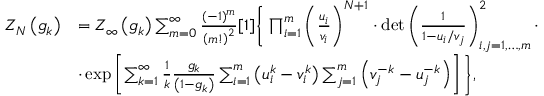
\begin{array} { r l } { Z _ { N } \left( g _ { k } \right) } & { = Z _ { \infty } \left( g _ { k } \right) \sum _ { m = 0 } ^ { \infty } \frac { ( - 1 ) ^ { m } } { \left( m ! \right) ^ { 2 } } [ 1 ] \Bigg \{ \prod _ { i = 1 } ^ { m } \left( \frac { u _ { i } } { v _ { i } } \right) ^ { N + 1 } \cdot \operatorname* { d e t } \left( \frac { 1 } { 1 - u _ { i } / v _ { j } } \right) _ { i , j = 1 , \dots , m } ^ { 2 } \cdot } \\ & { \cdot \exp \left[ \sum _ { k = 1 } ^ { \infty } \frac { 1 } { k } \frac { g _ { k } } { \left( 1 - g _ { k } \right) } \sum _ { i = 1 } ^ { m } \left( u _ { i } ^ { k } - v _ { i } ^ { k } \right) \sum _ { j = 1 } ^ { m } \left( v _ { j } ^ { - k } - u _ { j } ^ { - k } \right) \right] \Bigg \} , } \end{array}